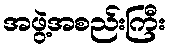
အဖွဲ့အစည်းကြီး